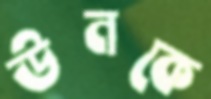
উনকে